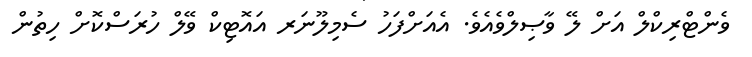
ވެންޓްރިކްލް އަށް ލޭ ވާޞިލްވެއެވެ. އެއަށްފަހު ސެމިލޫނަރ އައޮޓިކް ވޭލް ހުރަސްކޮށް ހިތުން